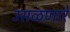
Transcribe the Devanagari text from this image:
उसळणारे